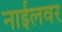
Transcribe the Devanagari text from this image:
नाईलवर